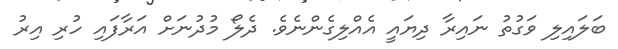
ބަލައިލި ވަގުތު ނައިރާ ދިޔައީ އެއްލިގެންނެވެ. ދެލޯ މުދުނަށް އަރާފައި ހުރި އިރު